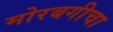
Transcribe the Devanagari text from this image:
मोरबगीचा